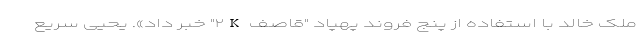
ملک خالد با استفاده از پنج فروند پهپاد "قاصف ۲K" خبر داد». یحیی سریع